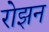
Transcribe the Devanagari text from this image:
रोझन